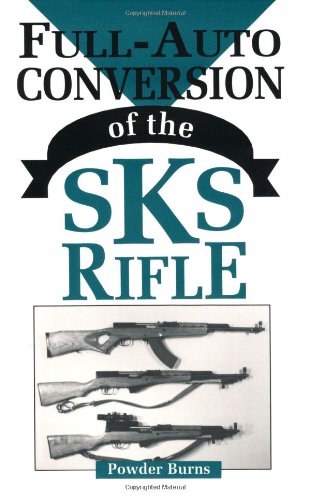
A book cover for Full-Auto Conversion Of The SKS Rifle; Powder Burns; Crafts, Hobbies & Home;